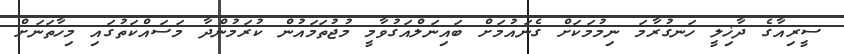
ސީރިއާގެ ދާޚިލީ ހަނގުރާމަ ނިމުމަކަށް ގެނައުމަށް ބައިނަލްއަގުވާމީ މުޖުތަމައުން ކުރަމުންދާ މަސައްކަތުގައި މިހާތަނަށް